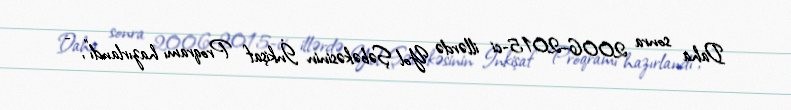
Daha sonra 2006–2015-ci illərdə Yol Şəbəkəsinin İnkişaf Proqramı hazırlandı”, -